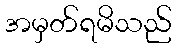
အမှတ်ရမိသည်